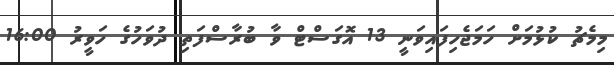
މިމެޗު ކުޅުމަށް ހަމަޖެހިފައިވަނީ 13 އޮގަސްޓް ވާ ބުރާސްފަތި ދުވަހުގެ ހަވީރު 16:00